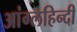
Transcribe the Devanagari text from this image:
आंग्लहिन्दी